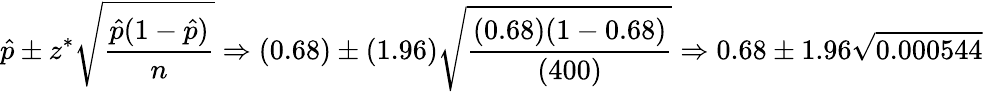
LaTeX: {\hat{p}}\pm z^{*}{\sqrt{\frac{{\hat{p}}(1-{\hat{p}})}{n}}}\Rightarrow(0.68)\pm(1.96){\sqrt{\frac{(0.68)(1-0.68)}{(400)}}}\Rightarrow 0.68\pm 1.96{\sqrt{0.000544}}